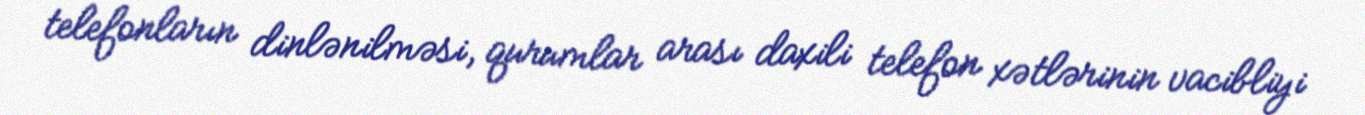
telefonların dinlənilməsi, qurumlar arası daxili telefon xətlərinin vacibliyi